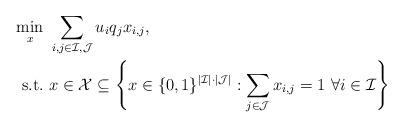
LaTeX: \begin{align*}\min_{x} & \ \sum_{i,j \in \mathcal{I}, \mathcal{J}} u_i q_j x_{i,j}, \\\mathrm{s.t.} & \ x \in \mathcal{X} \subseteq \left\{x \in \{0,1\}^{|\mathcal{I}|\cdot|\mathcal{J}|}:\sum_{j \in \mathcal{J}} x_{i,j} = 1 \ \forall i \in \mathcal{I}\right\}\end{align*}